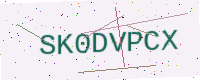
Text: SK0DVPCX